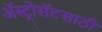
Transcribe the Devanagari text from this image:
ॲस्ट्रोसॅटसाठी